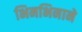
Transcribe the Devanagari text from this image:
भिनभिनाने